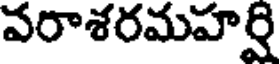
వరాశరమహర్షి